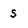
Character: s